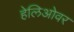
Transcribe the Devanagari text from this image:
हेलिओवर